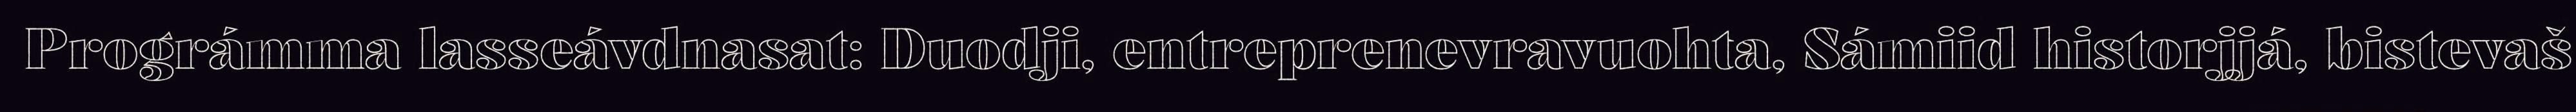
Prográmma lasseávdnasat: Duodji, entreprenevravuohta, Sámiid historjjá, bistevaš